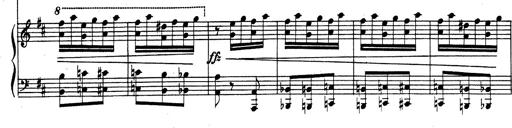
Title: Rhapsodie espagnole
Composer: Franz Liszt